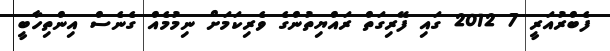
ފެބްރުއަރީ 7 2012 ގައި ފޭރިގަތް ރައްޔިތުންގެ ވެރިކަމަށް ނިމުމެއް ގެނެސް އިންތިހާބީ